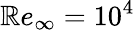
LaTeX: \mathbb{R}e_{\infty}=10^{4}